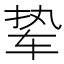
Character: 𫐋